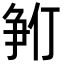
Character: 𪺓